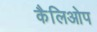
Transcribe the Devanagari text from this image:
कैलिओप